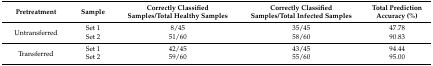
| Pretreatment | Sample | Correctly Classified Samples/Total Healthy Samples | Correctly Classified Samples/Total Infected Samples | Total Prediction Accuracy (%) |
 | --- | --- | --- | --- | --- |
 | <ROWSPAN=2> Untransferred | Set 1 | 8/45 | 35/45 | 47.78 |
 | Set 2 | 51/60 | 58/60 | 90.83 |
 | <ROWSPAN=2> Transferred | Set 1 | 42/45 | 43/45 | 94.44 |
 | Set 2 | 59/60 | 55/60 | 95.00 |